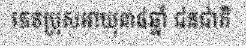
ភេទប្រុសអាយុ៣៨ឆ្នាំ ជនជាតិ